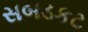
સબડકટ